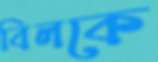
বিলকে